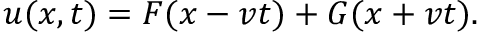
u ( x , t ) = F ( x - v t ) + G ( x + v t ) .